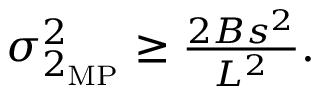
\begin{array} { r } { \sigma _ { 2 _ { \mathrm { M P } } } ^ { 2 } \geq \frac { 2 B s ^ { 2 } } { L ^ { 2 } } . } \end{array}